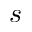
s